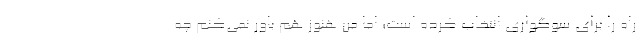
راه را برای سوگواری انتخاب کرده است؛ اما من هنوز هم باور نمی‌کنم چه